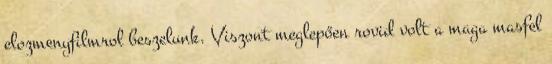
elozmenyfilmrol beszelunk. Viszont meglepően rovid volt a maga masfel